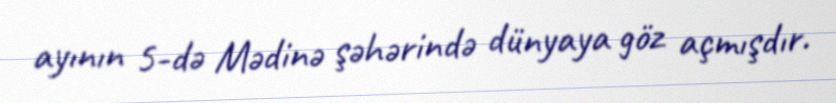
ayının 5-də Mədinə şəhərində dünyaya göz açmışdır.